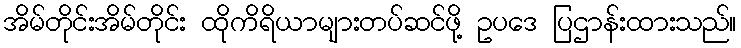
အိမ်တိုင်းအိမ်တိုင်း ထိုကိရိယာများတပ်ဆင်ဖို့ ဥပဒေ ပြဌာန်းထားသည်။